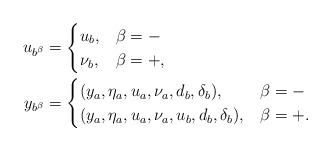
LaTeX: \begin{align*}u_{b^{\beta}} &= \begin{cases}u_b, & \beta = - \\ \nu_b, & \beta = +,\end{cases}\\y_{b^{\beta}} &= \begin{cases}(y_a, \eta_a, u_a, \nu_a, d_b,\delta_b), & \beta = - \\ (y_a, \eta_a, u_a, \nu_a, u_b,d_b,\delta_b), & \beta = +.\end{cases}\end{align*}